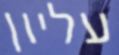
עליון